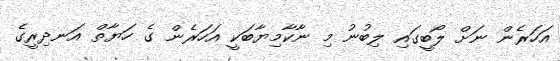
އަހަރެން ނަށް ލޯބީގައި ލިބުނު މި ނާކާމިޔާބަކީ އަހަރެން ގެ ހަޔާތް އަނދިރީގެ